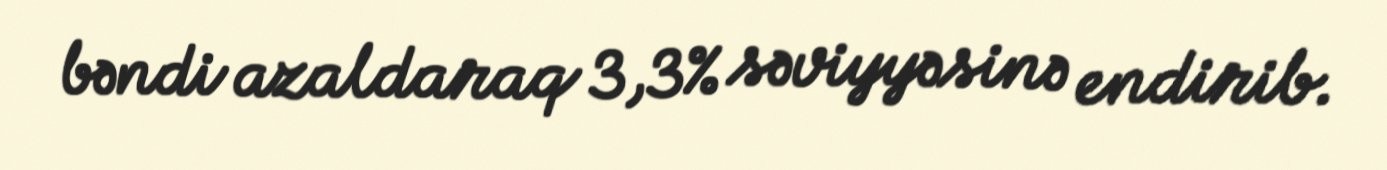
bəndi azaldaraq 3,3% səviyyəsinə endirib.